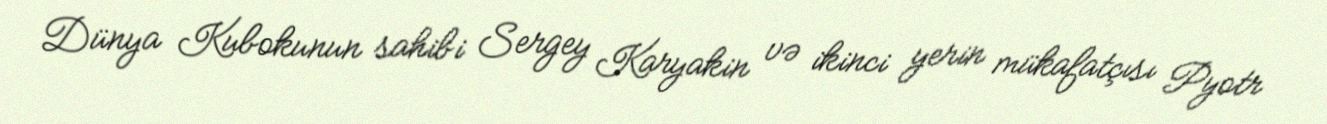
Dünya Kubokunun sahibi Sergey Karyakin və ikinci yerin mükafatçısı Pyotr